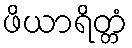
ဖိယာရိတ္တံ